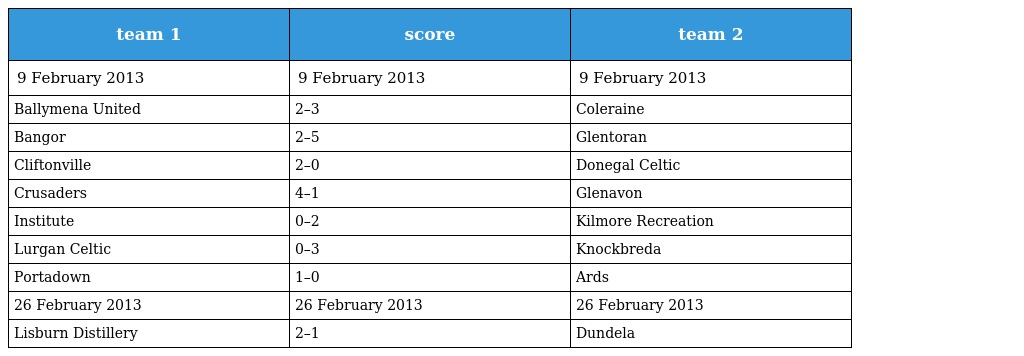
| team 1 | score | team 2 |
 | --- | --- | --- |
 | 9 February 2013 | 9 February 2013 | 9 February 2013 |
 | Ballymena United | 2–3 | Coleraine |
 | Bangor | 2–5 | Glentoran |
 | Cliftonville | 2–0 | Donegal Celtic |
 | Crusaders | 4–1 | Glenavon |
 | Institute | 0–2 | Kilmore Recreation |
 | Lurgan Celtic | 0–3 | Knockbreda |
 | Portadown | 1–0 | Ards |
 | 26 February 2013 | 26 February 2013 | 26 February 2013 |
 | Lisburn Distillery | 2–1 | Dundela |